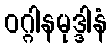
ဝဂ္ဂါနမုဒ္ဒါနံ